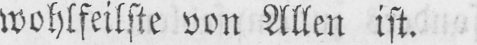
wohlfeilste von Allen ist.